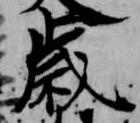
歳